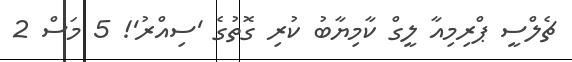
ޗެލްސީ ޕްރިމިއާ ލީގް ކާމިޔާބު ކުރި ގޮތުގެ 'ސިއްރު'! 5 މަސް 2